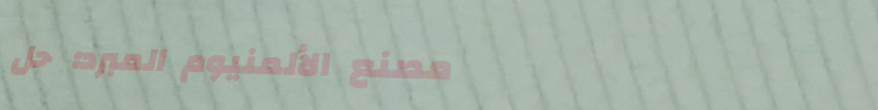
مصنع الألمنيوم المبرد: حل